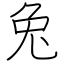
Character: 兔